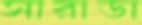
সারাডা